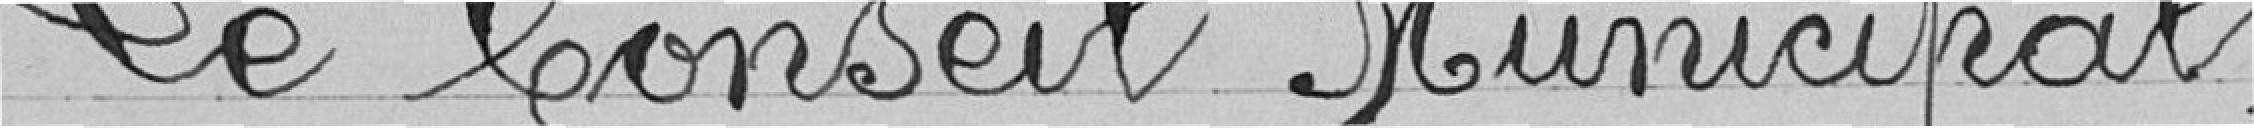
Le Conseil Municipal,